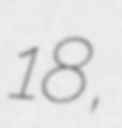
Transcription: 18,